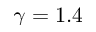
\gamma = 1 . 4